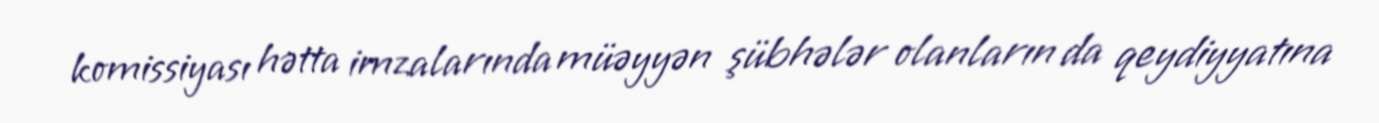
komissiyası hətta imzalarında müəyyən şübhələr olanların da qeydiyyatına